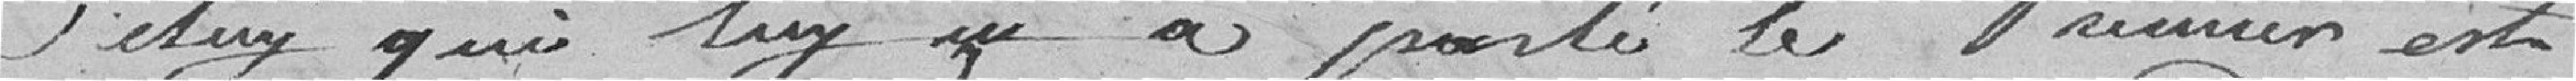
celuy qui luy en a parlé le premier est